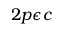
2 p \epsilon c